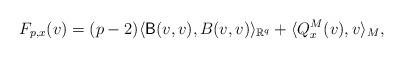
LaTeX: \begin{align*}F_{p,x}(v)=(p-2)\langle \mathsf B(v,v), B(v,v)\rangle _{\mathbb R^q} + \langle Q^M_x(v),v\rangle _M,\end{align*}